Annual report of the Punjab Veterinary College and of the Civil Veterinary Department, Punjab - 1920-1925
Year: 1920
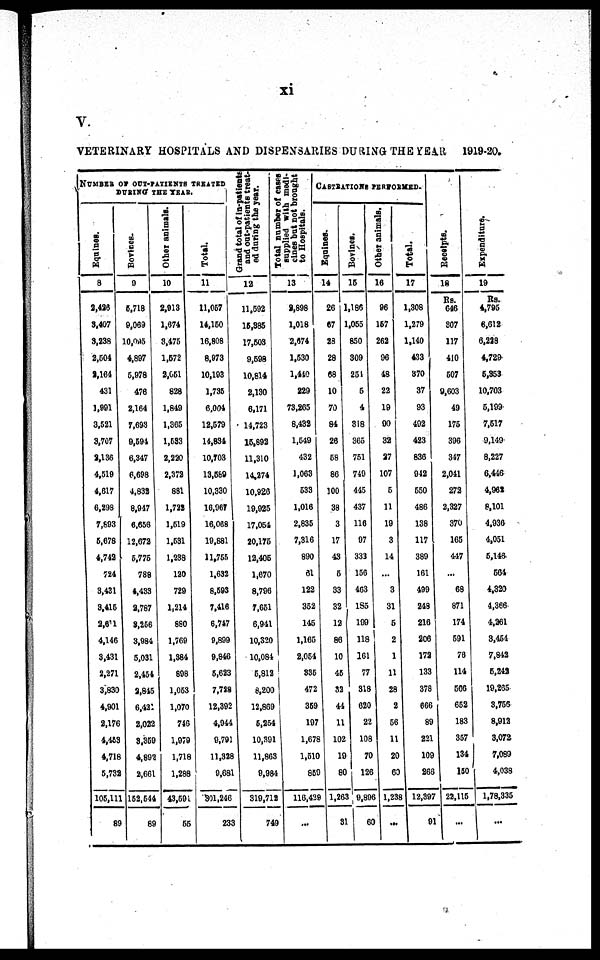
xi
V.
VETERINARY HOSPITALS A N D DISPENSARIES DURING T H E YEAR 1919-20.
NUMBER OF OUT- PATI ENTS TREATED
DURING THE YEAR.
Equine s
.
8
3, 426
3, 407
3, 238
3, 504
2, 164
431
1, 991
3, 521
3, 707
3, 136
4, 519
4, 617
6, 293
7, 893
6, 678
4, 743
724
3, 431
3, 416
2,611
4, 146
3, 431
2, 271
3, 830
4, 901
2, 176
4, 453
4, 718
5, 738
105, 111
89
Bovines.
9
6, 718
9, 069
10, 095
4, 897
5, 978
476
2, 164
7, 693
9, 591
6, 347
6, 698
4, 832
8, 947
6, 658
12, 672
5, 775
788
4, 433
2,787
3, 256
3, 984
5, 031
2, 454
2, 846
6, 421
2, 022
3, 369
4, 892
2, 661
152, 544
89
Other animals.
10
2, 913
1, 674
8, 475
1, 572
2,651
828
1, 849
1, 365
1, 633
2, 220
2, 372
881
1, 722
1, 619
1, 531
1, 238
120
729
1, 214
880
1, 769
1, 884
898
1, 063
1, 070
746
1, 979
1, 718
1, 288
43, 591
55
Total.
11
11, 057
14, 150
16, 808
8, 973
10, 193
1, 736
6, 004
12, 579
14, 834
10, 703
13, 669
10, 330
16, 967
16, 068
19, 881
11, 755
1, 632
8, 693
7, 416
6, 747
9, 899
9, 846
6, 623
7, 718
12, 392
4, 944
9, 791
11, 328
0, 681
501, 246
233
Grand total of In-patients
and out-patients treat-
ed daring the year.
12
11, 592
16, 385
17, 603
9, 598
10, 814
2, 130
6, 171
14, 723
15, 892
11, 310
14, 274
10, 926
19, 925
17, 054
20, 175
12, 405
1, 670
8, 796
7, 651
6, 941
10, 320
10, 084
5, 812
8, 200
12, 869
6, 254
10, 391
11, 863
9, 984
319, 713
749
Total number of cases
supplied
with medi-
cines
bat not brought
to Hospitals.
13
2, 898
1, 018
2, 674
1, 530
1, 440
229
73, 265
8, 432
1, 649
432
1, 063
533
1, 016
2, 835
7, 316
890
61
122
352
145
1, 165
2, 054
335
472
369
197
1, 678
1, 510
859
116, 429
...
CASTRATI ONS PERFORMED.
Equines.
14
26
67
23
28
68
10
70
84
26
58
86
100
38
3
17
43
6
33
32
12
86
10
45
32
44
11
102
10
80
1,26
31
Bovines.
15
1, 186
1, 065
850
309
251
6
4
318
365
751
749
445
437
116
97
333
156
463
185
109
118
161
77
318
620
22
108
70
126
9, 898
60
Other animals.
16
96
167
262
96
48
22
19
90
32
37
107
5
11
19
3
14
...
3
31
5
2
1
11
28
2
56
11
20
60
1, 238
...
Total.
17
1, 308
1, 279
1, 140
433
870
37
93
402
423
636
912
650
486
138
117
389
161
499
248
216
206
172
133
378
866
89
221
109
268
12, 397
91
Receipts.
18
Rs.
646
507
117
410
507
9, 603
49
175
396
347
2, 041
272
2, 327
370
165
447
...
68
871
174
591
76
114
566
652
183
357
134
150
22, 115
...
Expenditure.
19
Rs.
4, 795
6, 612
6, 228
4, 729
6, 353
10, 703
5, 199
7, 517
9, 149
8, 227
6, 446
4, 961
8, 101
4, 936
4, 051
5, 146
561
4, 320
4, 366
4, 361
3, 451
7, 842
5, 242
19, 265
3, 756
8, 912
3, 072
7, 089
4, 033
1, 78, 335
...